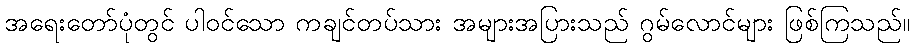
အရေးတော်ပုံတွင် ပါဝင်သော ကချင်တပ်သား အများအပြားသည် ဂွမ်လောင်များ ဖြစ်ကြသည်။